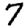
Digit: 7